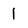
Character: 1